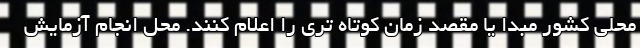
محلی کشور مبدا یا مقصد زمان کوتاه تری را اعلام کنند. محل انجام آزمایش